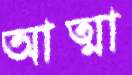
আত্মা